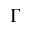
\Gamma